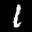
Label: 1